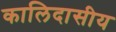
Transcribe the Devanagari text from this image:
कालिदासीय